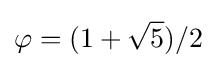
\varphi =(1+{\sqrt {5}})/2